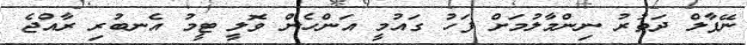
ނޭޕާލް ދަތުރު ނިންމާލުމަށް ފަހު ގައުމީ އަންހެން ވޮލީ ޓީމު އެނބުރި ރާއްޖެ